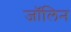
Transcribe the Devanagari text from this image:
जॉलिन